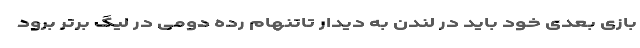
بازی بعدی خود باید در لندن به دیدار تاتنهام رده دومی در لیگ برتر برود